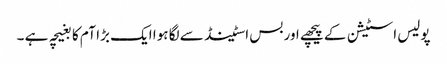
پولیس اسٹیشن کے پیچھے اور بس اسٹینڈ سے لگا ہوا ایک بڑا آم کا بغیچہ ہے ۔